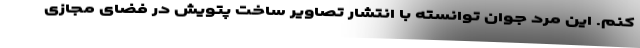
کنم. این مرد جوان توانسته با انتشار تصاویر ساخت پتویش در فضای مجازی